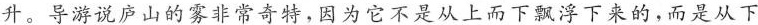
升。导游说庐山的雾非常奇特，因为它不是从上而下飘浮下来的，而是从下